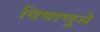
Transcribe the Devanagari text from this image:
विषाणूने